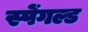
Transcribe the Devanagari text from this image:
स्पेंगल्ड